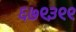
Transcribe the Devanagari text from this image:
६७९३९९